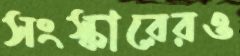
সংস্কারেরও